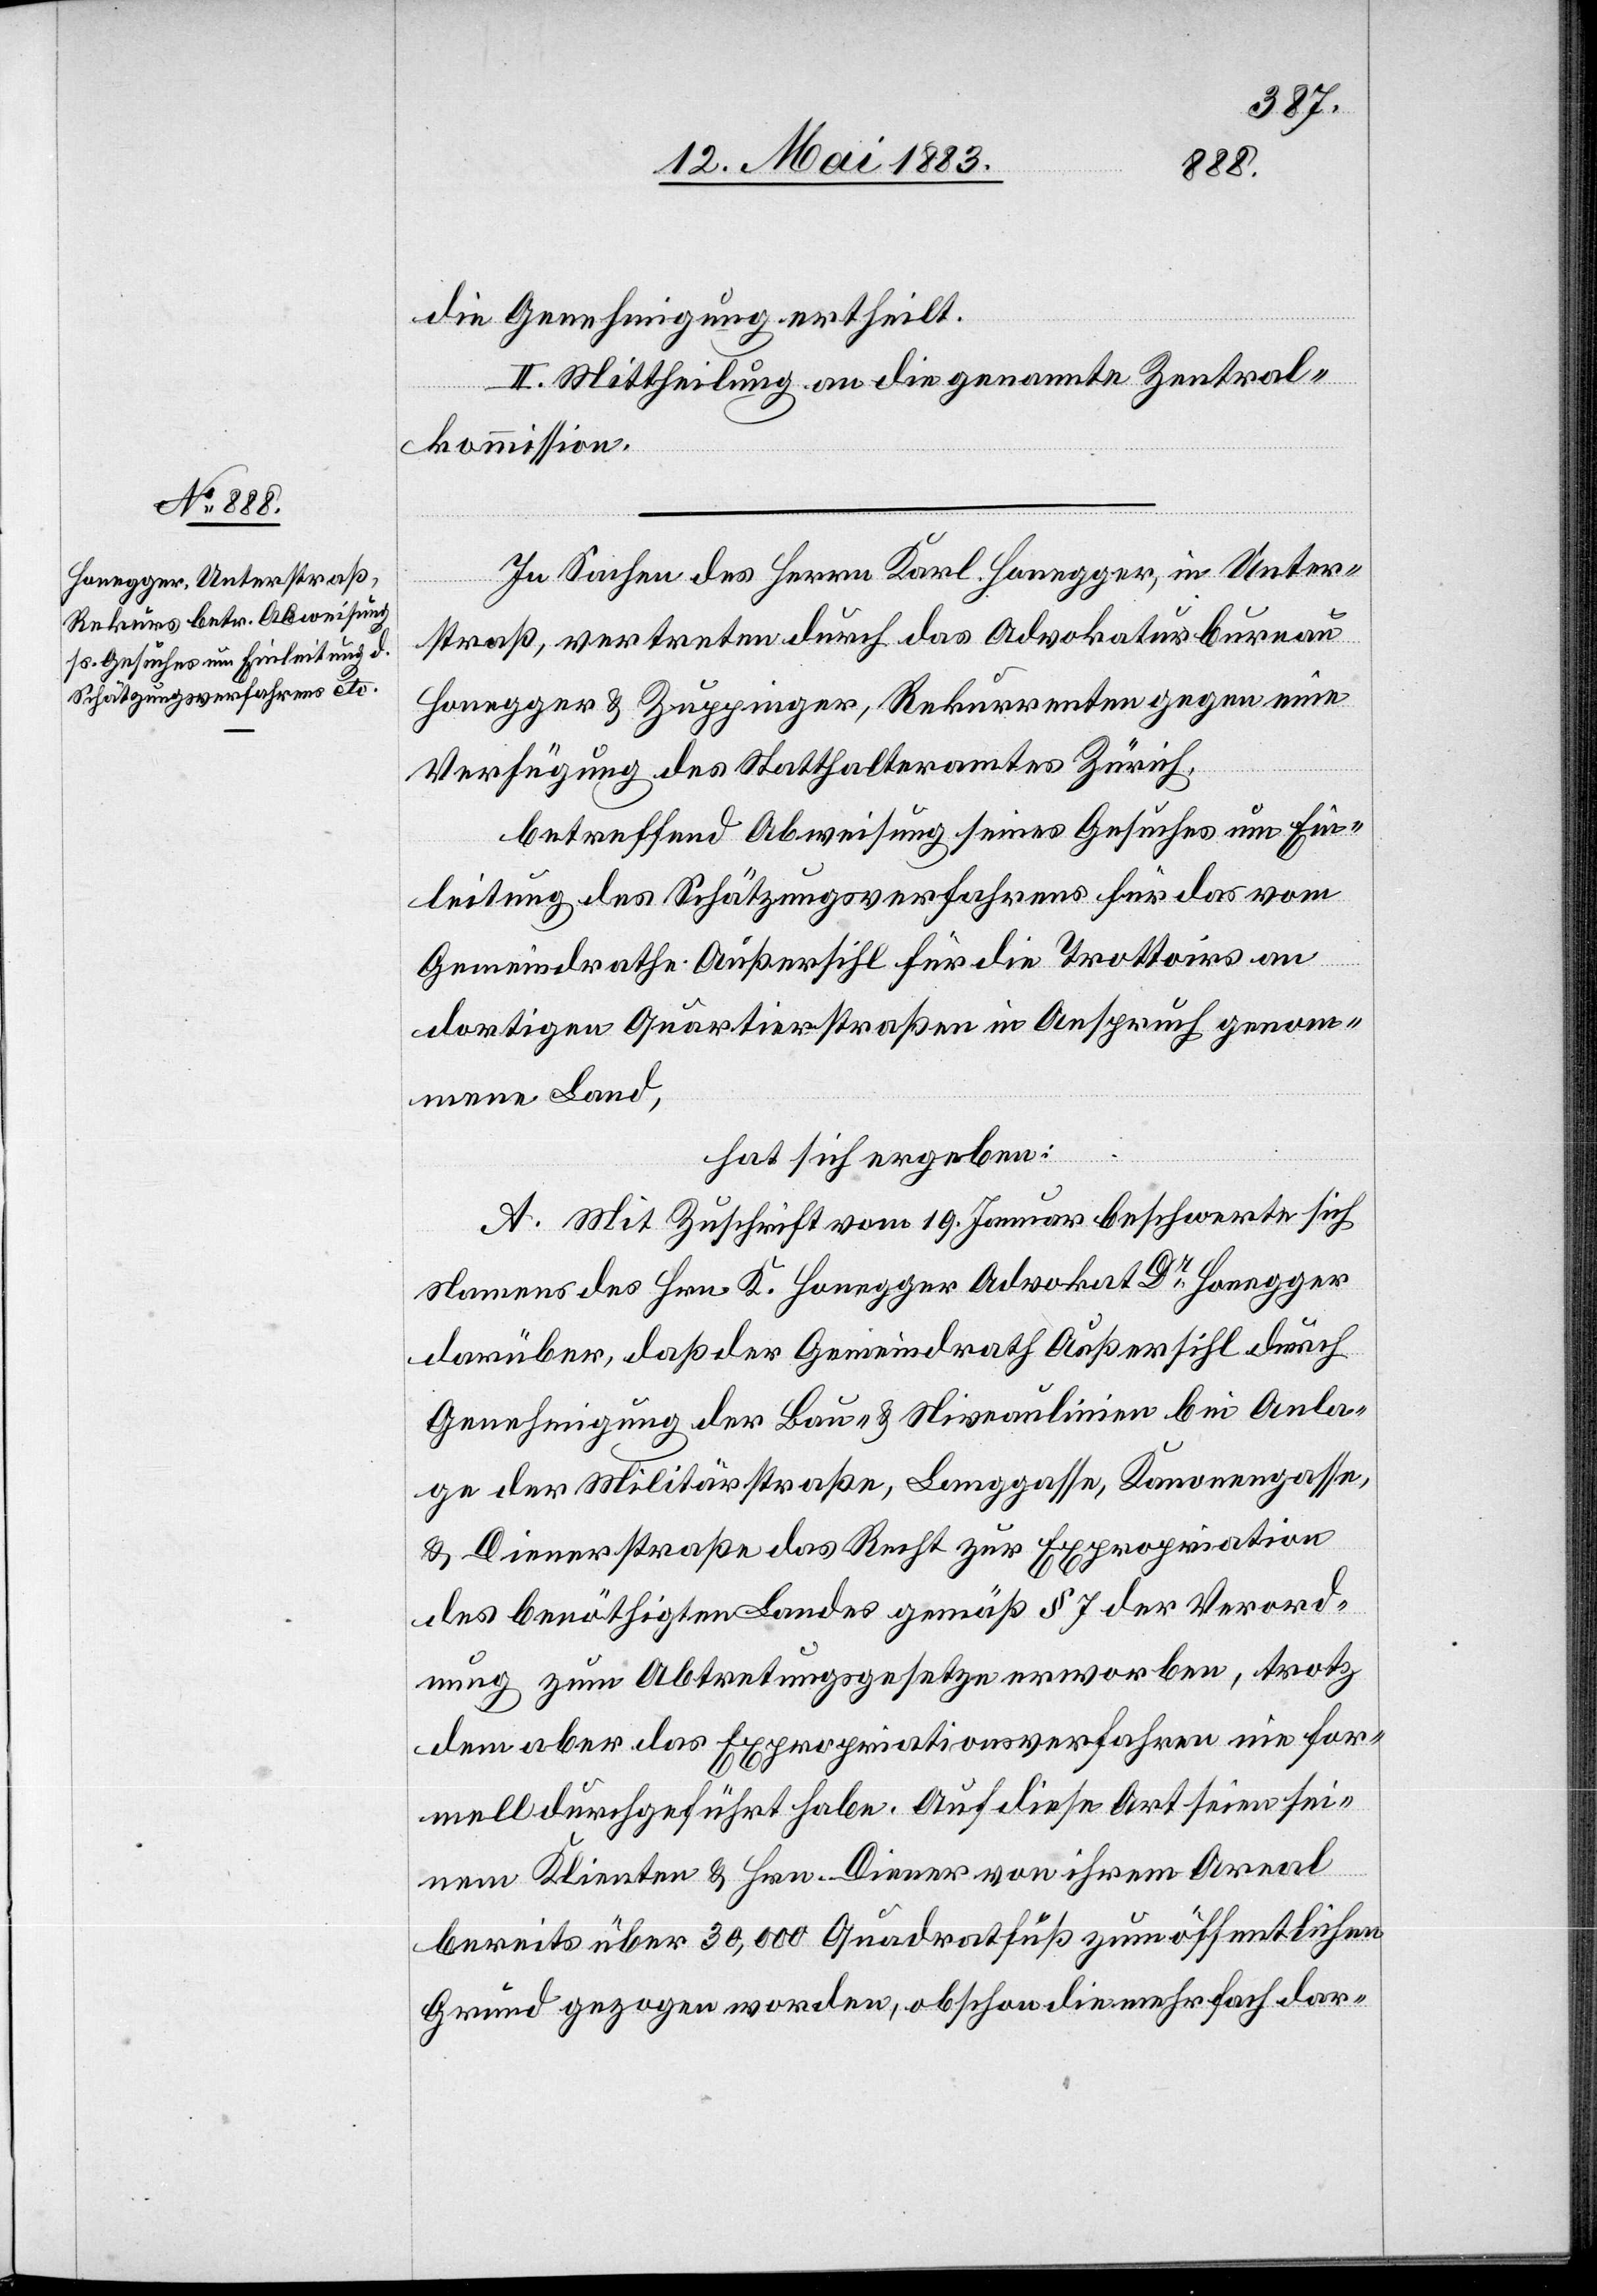
die Genehmigung ertheilt.
II. Mittheilung an die genannte Zentral¬
kommission.
In Sachen des Herrn Karl Honegger, in Unter¬
straß, vertreten durch das Advokaturbureau
Honegger & Zuppinger, Rekurrenten gegen eine
Verfügung des Statthalteramtes Zürich,
betreffend Abweisung seines Gesuches um Ein¬
leitung des Schätzungsverfahrens für das vom
Gemeindrathe Außersihl für die Trottoirs an
dortigen Quartierstraßen in Anspruch genom¬
mene Land,
hat sich ergeben:
A. Mit Zuschrift vom 19. Januar beschwerte sich
Namens des Hrn. K. Honegger Advokat Dr Honegger
darüber, daß der Gemeindrath Außersihl durch
Genehmigung der Bau- & Niveaulinien bei Anla¬
ge der Militärstraße, Langgasse, Kanonengasse,
& Dienerstraße das Recht zur Expropriation
des benöthigten Landes gemäß § 7 der Verord¬
nung zum Abtretungsgesetze erworben, trotz¬
dem aber das Expropriationsverfahren nie for¬
mell durchgeführt habe. Auf diese Art seien sei¬
nem Klienten & Hrn. Diener von ihrem Areal
bereits über 30,000 Quadratfuß zum öffentlichen
Grund gezogen worden, obschon die mehrfach dar-